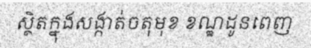
ស្ថិតក្នុងសង្កាត់ចតុមុខ ខណ្ឌដូនពេញ